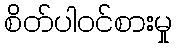
စိတ်ပါဝင်စားမှု